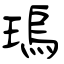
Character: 瑦